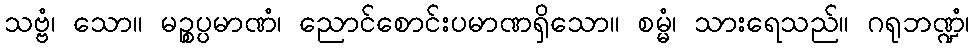
သဗ္ဗံ၊ သော။ မဉ္စပ္ပမာဏံ၊ ညောင်စောင်းပမာဏရှိသော။ စမ္မံ၊ သားရေသည်။ ဂရုဘဏ္ဍံ၊